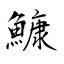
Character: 鱇